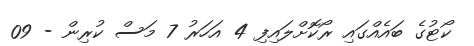
ކޯޓުގެ ބައެއްގައި ރޯކޮށްލައިފި 4 އަހަރު 7 މަސް ކުރިން - 09